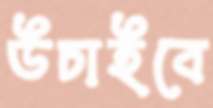
উচাইবে